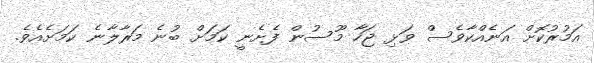
އަމުރުކޮށް އަނެއްކާވެސް ވަޅި ޖަހާ މޫސުން ފެށެނީ ކަމަށް ބުނެ މަރާލާނެ ކަމަށެއެވެ.